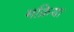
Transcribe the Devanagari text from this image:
मक्रिया